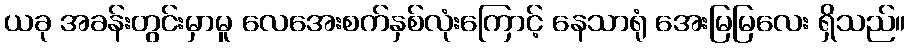
ယခု အခန်းတွင်းမှာမူ လေအေးစက်နှစ်လုံးကြောင့် နေသာရုံ အေးမြမြလေး ရှိသည်။